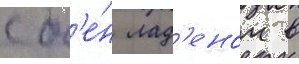
с б'е́н лад'еном в